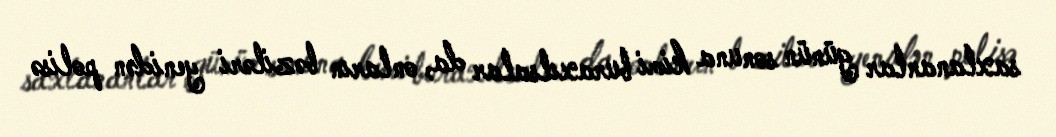
saxlananlar günün sonuna kimi buraxılsalar da, onların bəziləri yenidən polisə